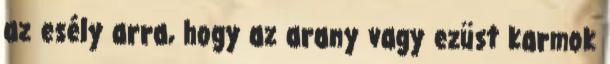
az esély arra, hogy az arany vagy ezüst karmok